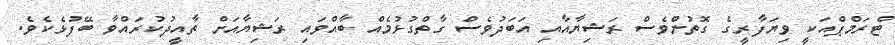
ޓްރަމްޕްއަކީ ވިޔަފާރީގެ ގޮތުންވެސް ރަޝިޔާއާއި އަބަދުވެސް ގާތްގުޅުމެއް ބާއްވައި ރަޝިޔާއަށް ތާއީދުކުރައްވާ ބޭފުޅެކެވެ.